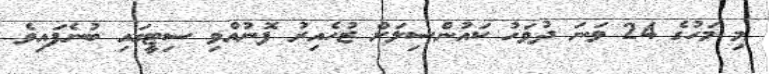
މި މަހުގެ 24 ވަނަ ދުވަހު ކައުންސިލަށް ޒުހެއިރު ފޮނުއްވި ސިޓީގައި ބުނެފައިވެ